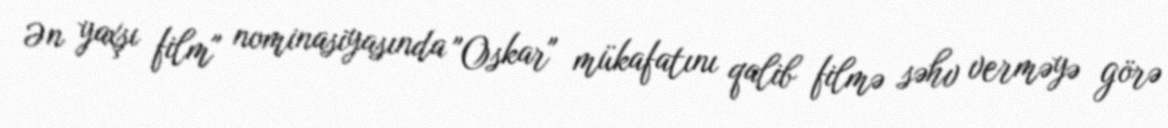
Ən yaxşı film" nominasiyasında "Oskar" mükafatını qalib filmə səhv verməyə görə